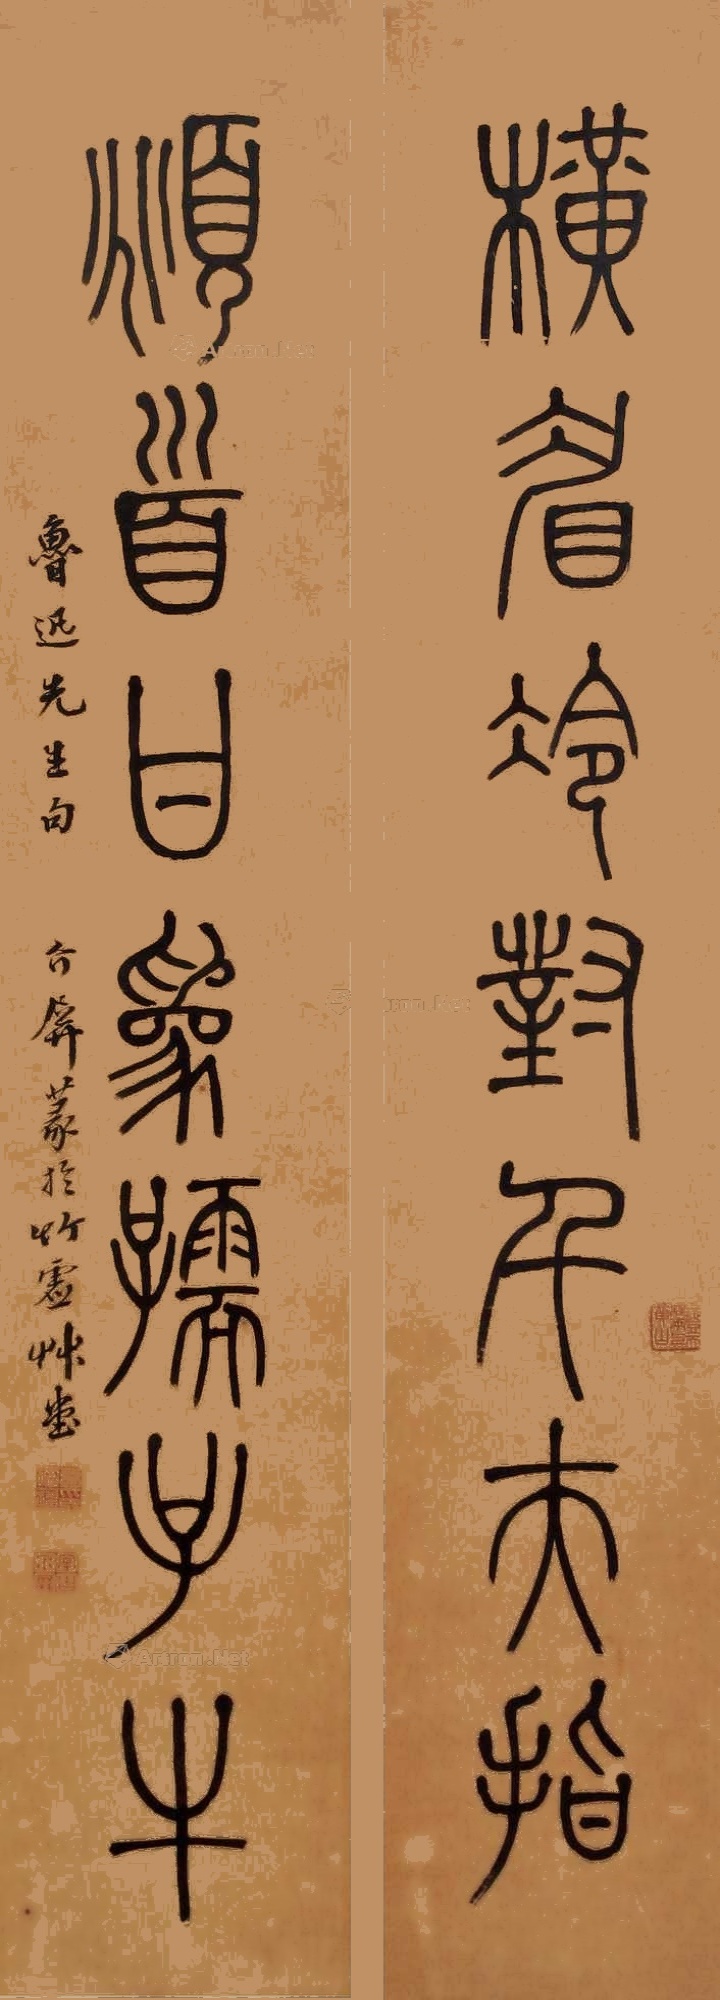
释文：横眉冷对千夫指，俯首甘为孺子牛。鲁迅先生句，介屏篆于竹虚草堂。